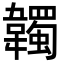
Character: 韣